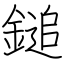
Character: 鎚